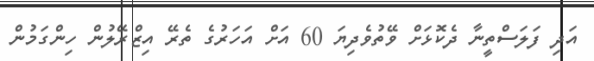
އަދި ފަލަސްތީނާ ދެކޮޅަށް ވޭތުވެދިޔަ 60 އަށް އަހަރުގެ ތެރޭ އިޒްރޭލުން ހިންގަމުން